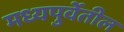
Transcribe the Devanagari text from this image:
मध्यपुर्वेतील